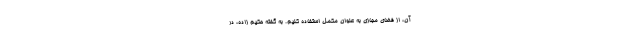
آن، از فضای مجازی به عنوان مکمل استفاده کنیم. به گفته حکیم زاده، در